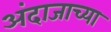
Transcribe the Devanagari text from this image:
अंदाजाच्या